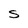
Character: S